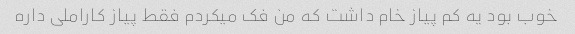
خوب بود یه کم پیاز خام داشت که من فک میکردم فقط پیاز کاراملی داره